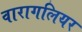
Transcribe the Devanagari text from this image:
वारागलियर